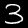
Label: 3